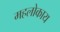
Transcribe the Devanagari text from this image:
महलोकाय